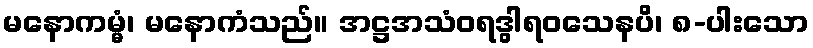
မနောကမ္မံ၊ မနောကံသည်။ အဋ္ဌအသံဝရဒွါရဝသေနပိ၊ ၈-ပါးသော